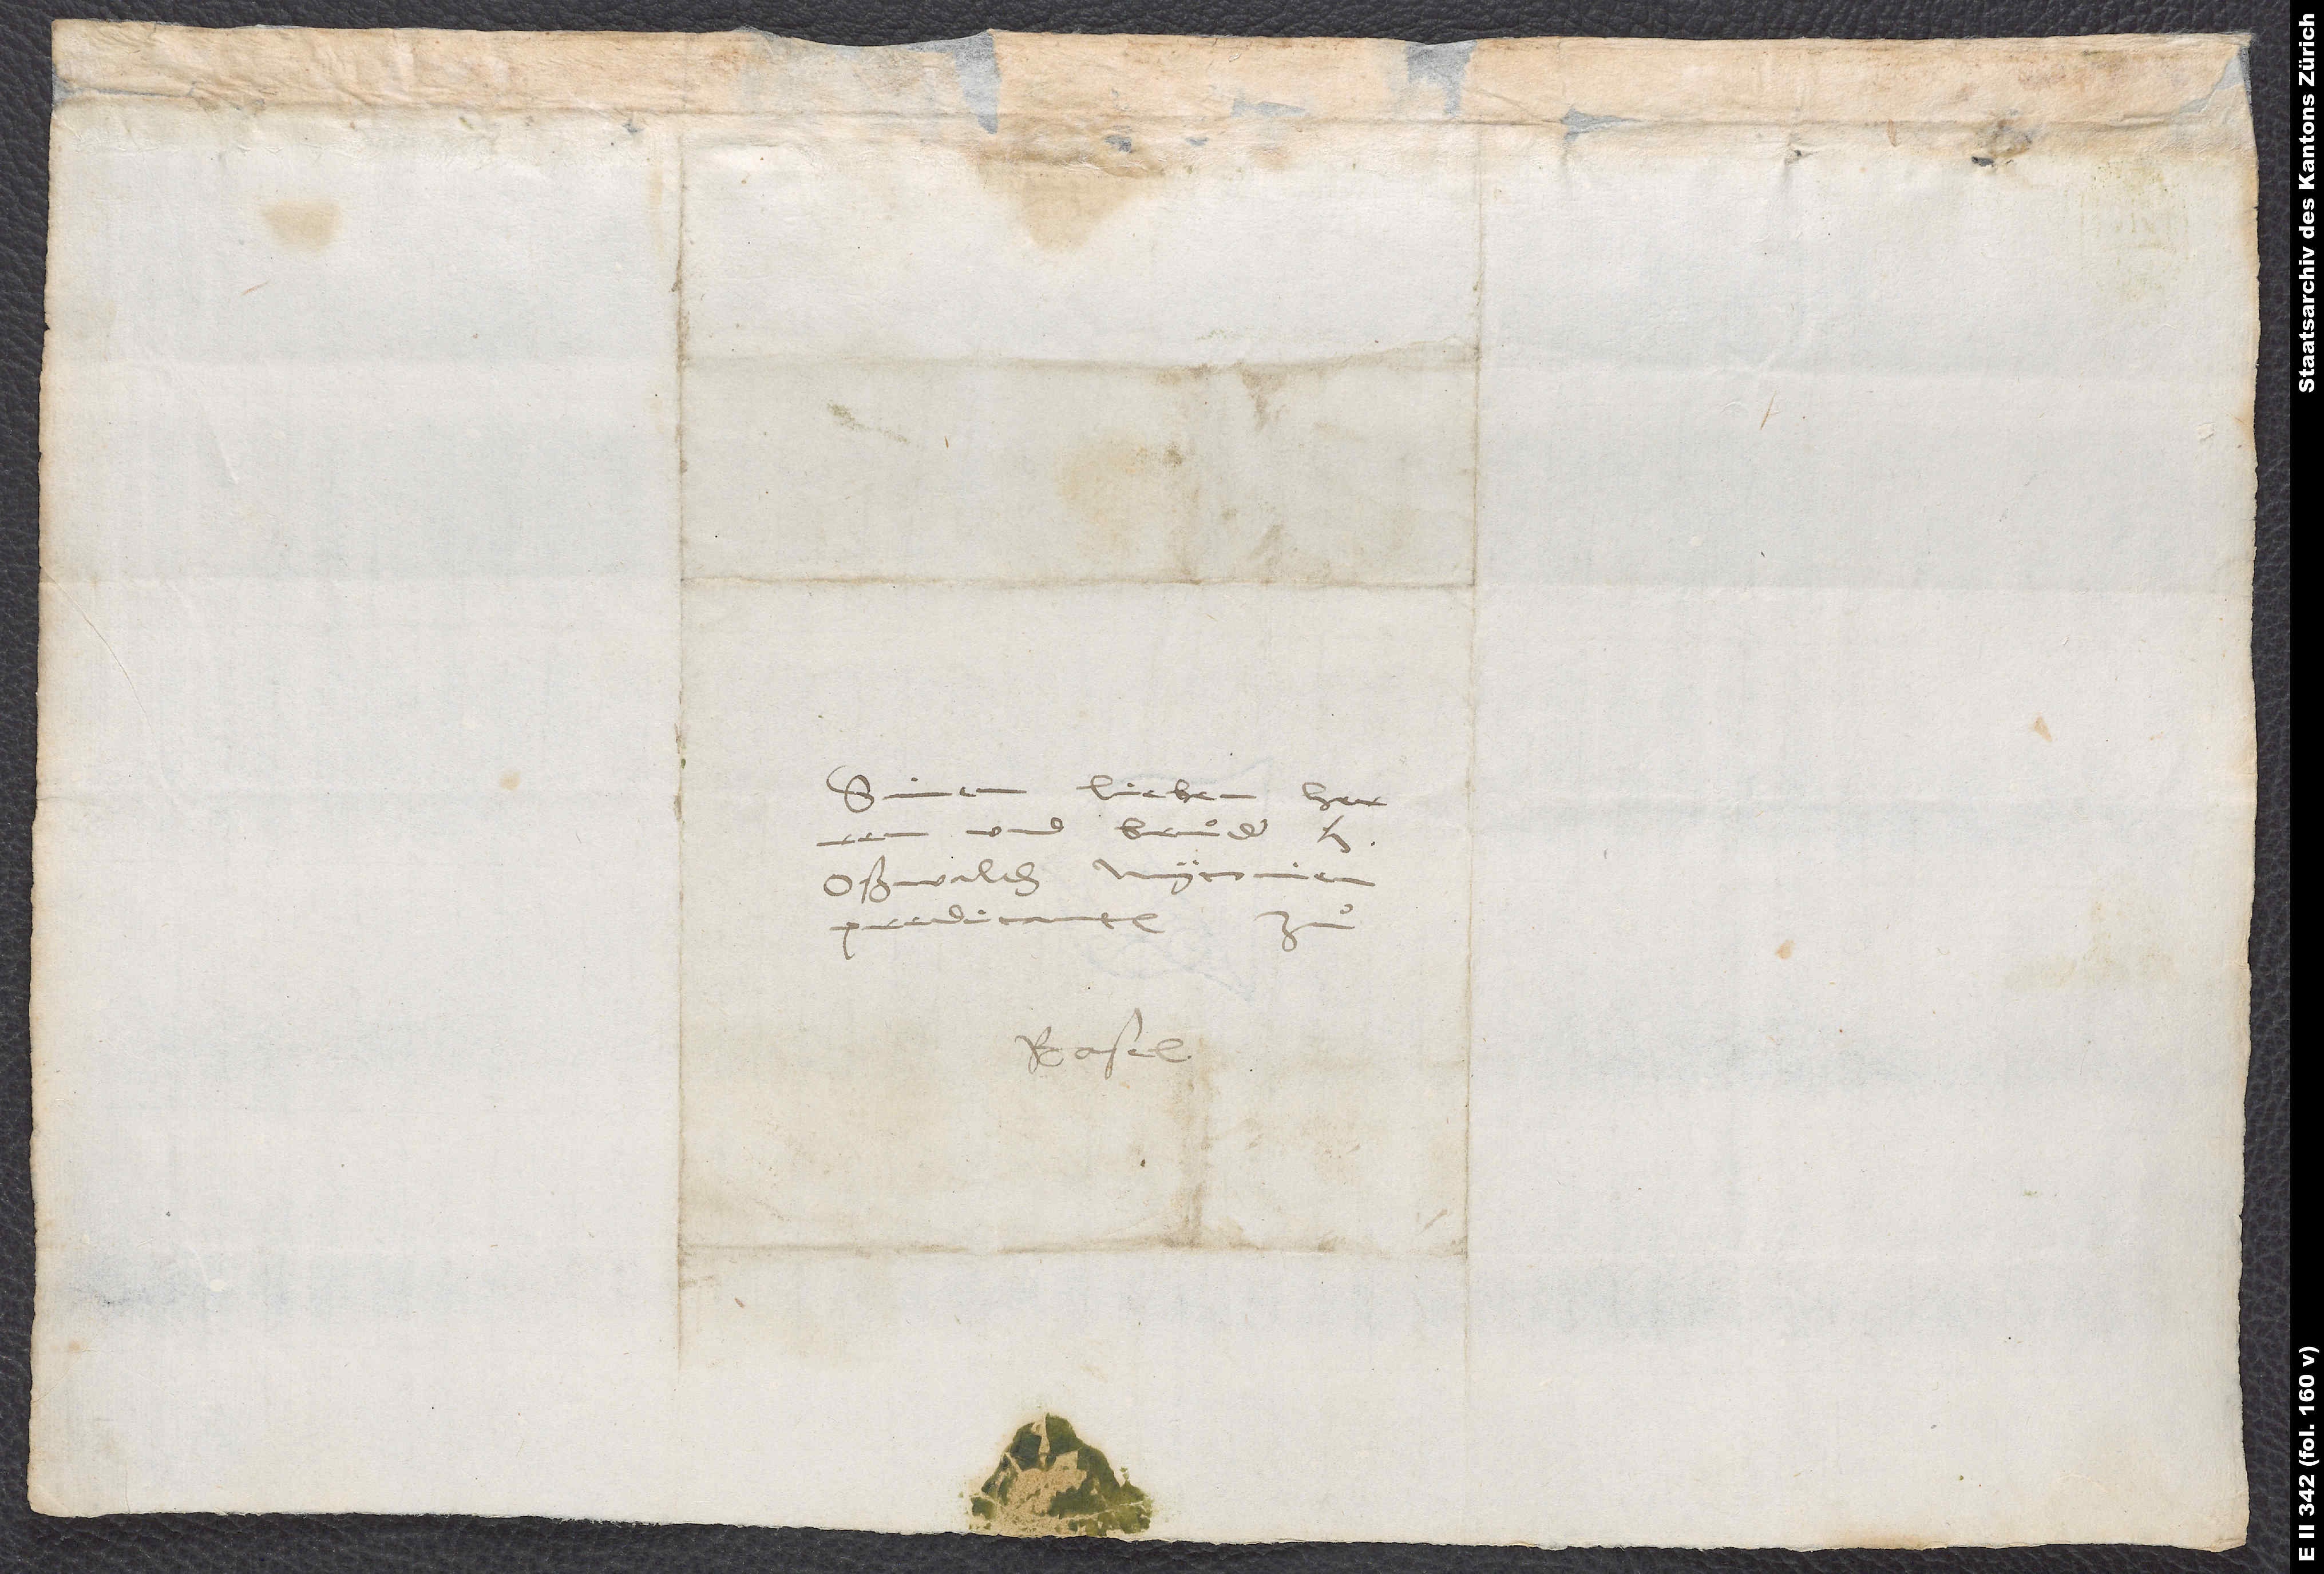
Sinem lieben herren
und bruͦder, h.
Oßwalden Myconien,
predicanten
Basel.